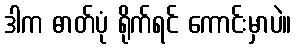
ဒါက ဓာတ်ပုံ ရိုက်ရင် ကောင်းမှာပဲ။